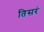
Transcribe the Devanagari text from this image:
तिसरं